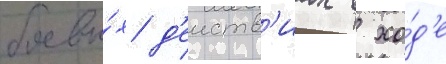
боевы́х д'еиств'иах в хо́д'е